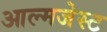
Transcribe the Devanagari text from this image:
आल्मजेस्ट